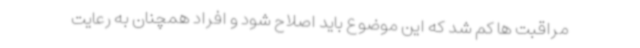
مراقبت ها کم شد که این موضوع باید اصلاح شود و افراد همچنان به رعایت